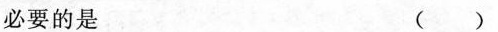
必要的是 ( )